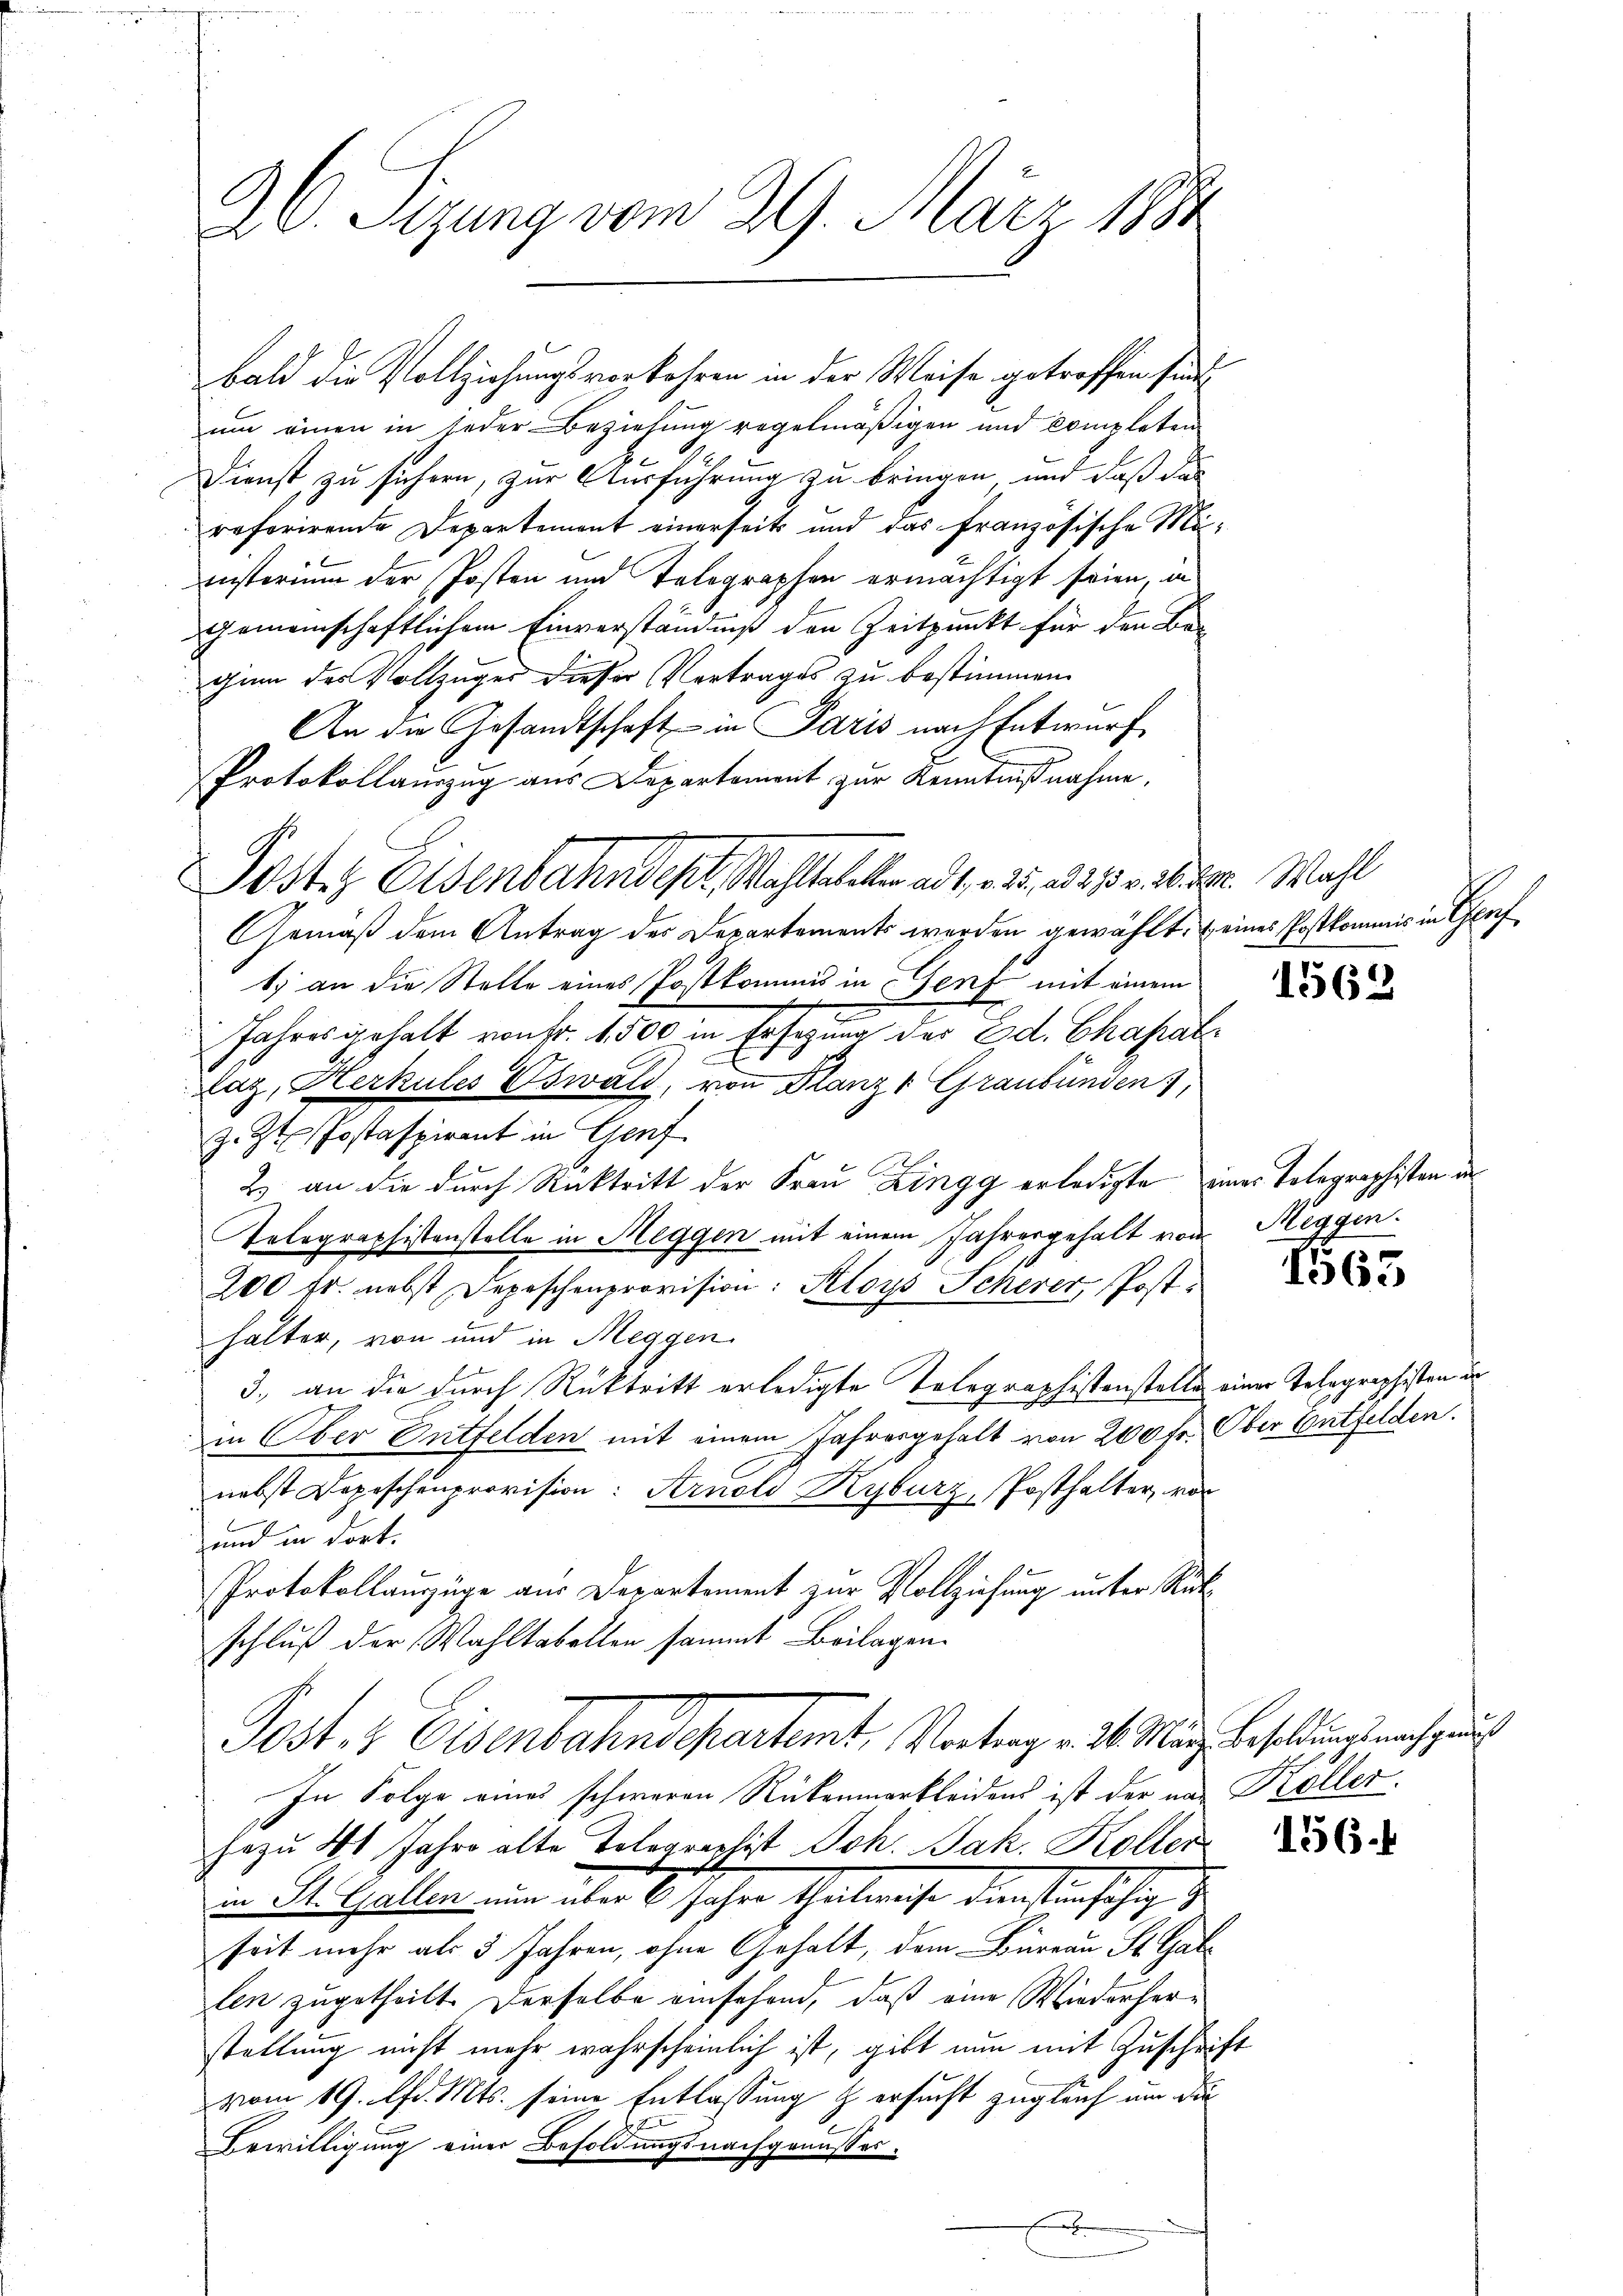
26. Segung vom 29. März 1882

bald die Vollziehungsvorkehren in der Weise getroffen sind.
um einen in jeder Beziehung regelmäßigen und Completen
Dienst, zu sichern, zur Ausführung zu bringen und daß das
referirende Departement einerseits und das französische Manisterium der Posten und Telegraphen ermächtigt seien, in
gemeinschaftlichem Einverständniß den Zeitpunkt für den Be-
gin des Vollzüger dieser Vertrages zu bestimmen.
An die Gesandtschaft in Paris nach Entwurf
Protokollauszug aus Departement zur Kenntnißnahme,
Gemäß dem Antrag der Departements werden gewählt. (eines Postkommis in Genf,
1) an die Stelle eines Postkommis in Genf mit einem
Jahres gehalt von Fr. 1,500 in Ersezung des Ed. Chapat¬
Laz, Herkules Oswald, von Glanz Graubünden 1
z. Zt. Postaspirant in Genf
2) an die durch Rücktritt der Frau Zingg erledigte eines Tolegraphisten in
Telegraphistenstelle in Meggen mit einem Jahresgehalt vom
200 fr. nebst Depeschenprovision: Aloys Scherer Posthalter, von und in Meggen
3., an die durch Rücktritt erledigte Telegraphistenstelle einer Telegraphisten de
in Ober Entfelden mit einem Jahresgehalt von 200 fr. Ober entfelden.
nebst Depeschenprovision: Arnold Kyburz, Posthalter, vor
und in dort.
Protokollauszüge aus Departement zur Vollziehung unter Rückschluß der Wahltabellen sammt Beilagen.
Post. Eisenbahndepartemt. Vortrag v. 26. März besoldung nach auch
In Folge eines schweren Rückenmarkleidens ist der von Köller.
hezu 41 Jahre alte Telegraphist Joh. Jak. Kollen
in St. Gallen, und über 1. Jahre Thalweise den seinsche d
seit mehr als 3 Jahren, ohne Gehalt, dem Bureau St. Gallen zugetheilt. Derselbe einsehend, daß eine Wiederherstellung nicht mehr wahrscheinlich ist, gibt nun mit Zuschrift
vom 19. d. Mts. seine Entlassung & ersucht zugleich um die
Bewilligung einer Besoldungsnachgenusses-

Poster Eisenbahndert, Mahlet ad 1, u. des v. M. Wahl

1562

Reggen.

1563

156.